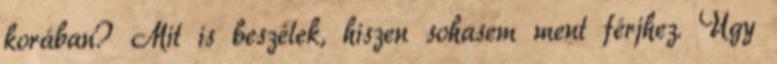
korában? Mit is beszélek, hiszen sohasem ment férjhez. Úgy